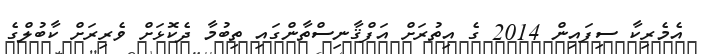
އެމެރިކާ ސިފައިން 2014 ގެ އިތުރަށް އަފްޤާނިސްތާންގައި ތިބުމާ ދެކޮޅަށް ވެރިރަށް ކާބުލްގެ